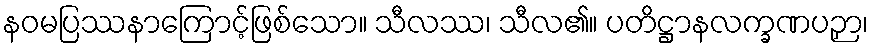
နဝမပြဿနာကြောင့်ဖြစ်သော။ သီလဿ၊ သီလ၏။ ပတိဋ္ဌာနလက္ခဏပဉှာ၊